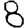
Digit: 8